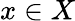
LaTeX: x\in X